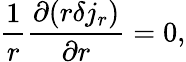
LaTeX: \frac{1}{r}\frac{\partial(r\delta j_{r})}{\partial r}=0,